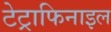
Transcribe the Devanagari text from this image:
टेट्राफिनाइल